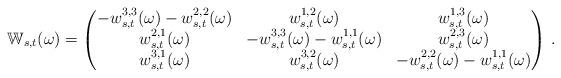
LaTeX: \begin{align*}\mathbb{W}_{s,t}(\omega)=\begin{pmatrix}-w^{3,3}_{s,t}(\omega) -w^{2,2}_{s,t} (\omega)&w^{1,2}_{s,t}(\omega) &w^{1,3}_{s,t}(\omega)\\w^{2,1}_{s,t}(\omega) &-w^{3,3}_{s,t}(\omega) -w^{1,1}_{s,t} (\omega)&w^{2,3}_{s,t}(\omega)\\w^{3,1}_{s,t} (\omega)&w^{3,2}_{s,t} (\omega)&-w^{2,2}_{s,t} (\omega)-w^{1,1}_{s,t}(\omega)\\\end{pmatrix}\, .\end{align*}